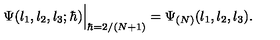
\Psi ( l _ { 1 } , l _ { 2 } , l _ { 3 } ; \hbar ) \Big | _ { \hbar = 2 / ( N + 1 ) } = \Psi _ { ( N ) } ( l _ { 1 } , l _ { 2 } , l _ { 3 } ) .